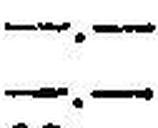
—.—